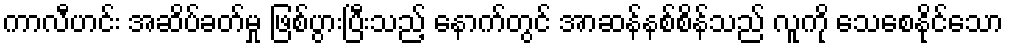
ကာလီဟင်း အဆိပ်ခတ်မှု ဖြစ်ပွားပြီးသည့် နောက်တွင် အာဆန်နစ်စိန်သည် လူကို သေစေနိုင်သော